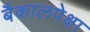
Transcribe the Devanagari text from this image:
बैकालपेक्षा